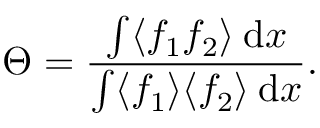
\Theta = \frac { \int \langle f _ { 1 } f _ { 2 } \rangle \: \mathrm { d } x } { \int \langle f _ { 1 } \rangle \langle f _ { 2 } \rangle \: \mathrm { d } x } .